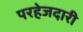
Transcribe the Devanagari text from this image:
परहेजदारी